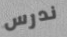
ندرس